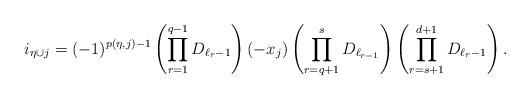
LaTeX: \begin{align*} i_{\eta \cup j}= (-1)^{p(\eta,j)-1}\left(\prod_{r=1}^{q-1}{D_{{\ell_{r}}-1}} \right)\left(-x_j\right)\left(\prod_{r=q+1}^{s}{D_{\ell_{r-1}}}\right)\left(\prod_{r=s+1}^{d+1}{D_{\ell_{r}-1}}\right).\end{align*}